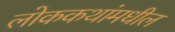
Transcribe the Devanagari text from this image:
लोककथांमधील